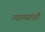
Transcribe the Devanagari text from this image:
त्याच्यांशी